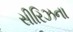
સીરિઝના